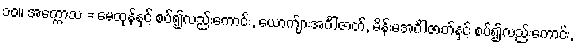
၁၀။ အက္ကောသ = မေထုန်နှင့် စပ်၍လည်းကောင်း, ယောက်ျားအင်္ဂါဇာတ်, မိန်းမအင်္ဂါဇာတ်နှင့် စပ်၍လည်းကောင်း,